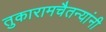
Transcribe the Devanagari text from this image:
तुकारामचैतन्यांनी